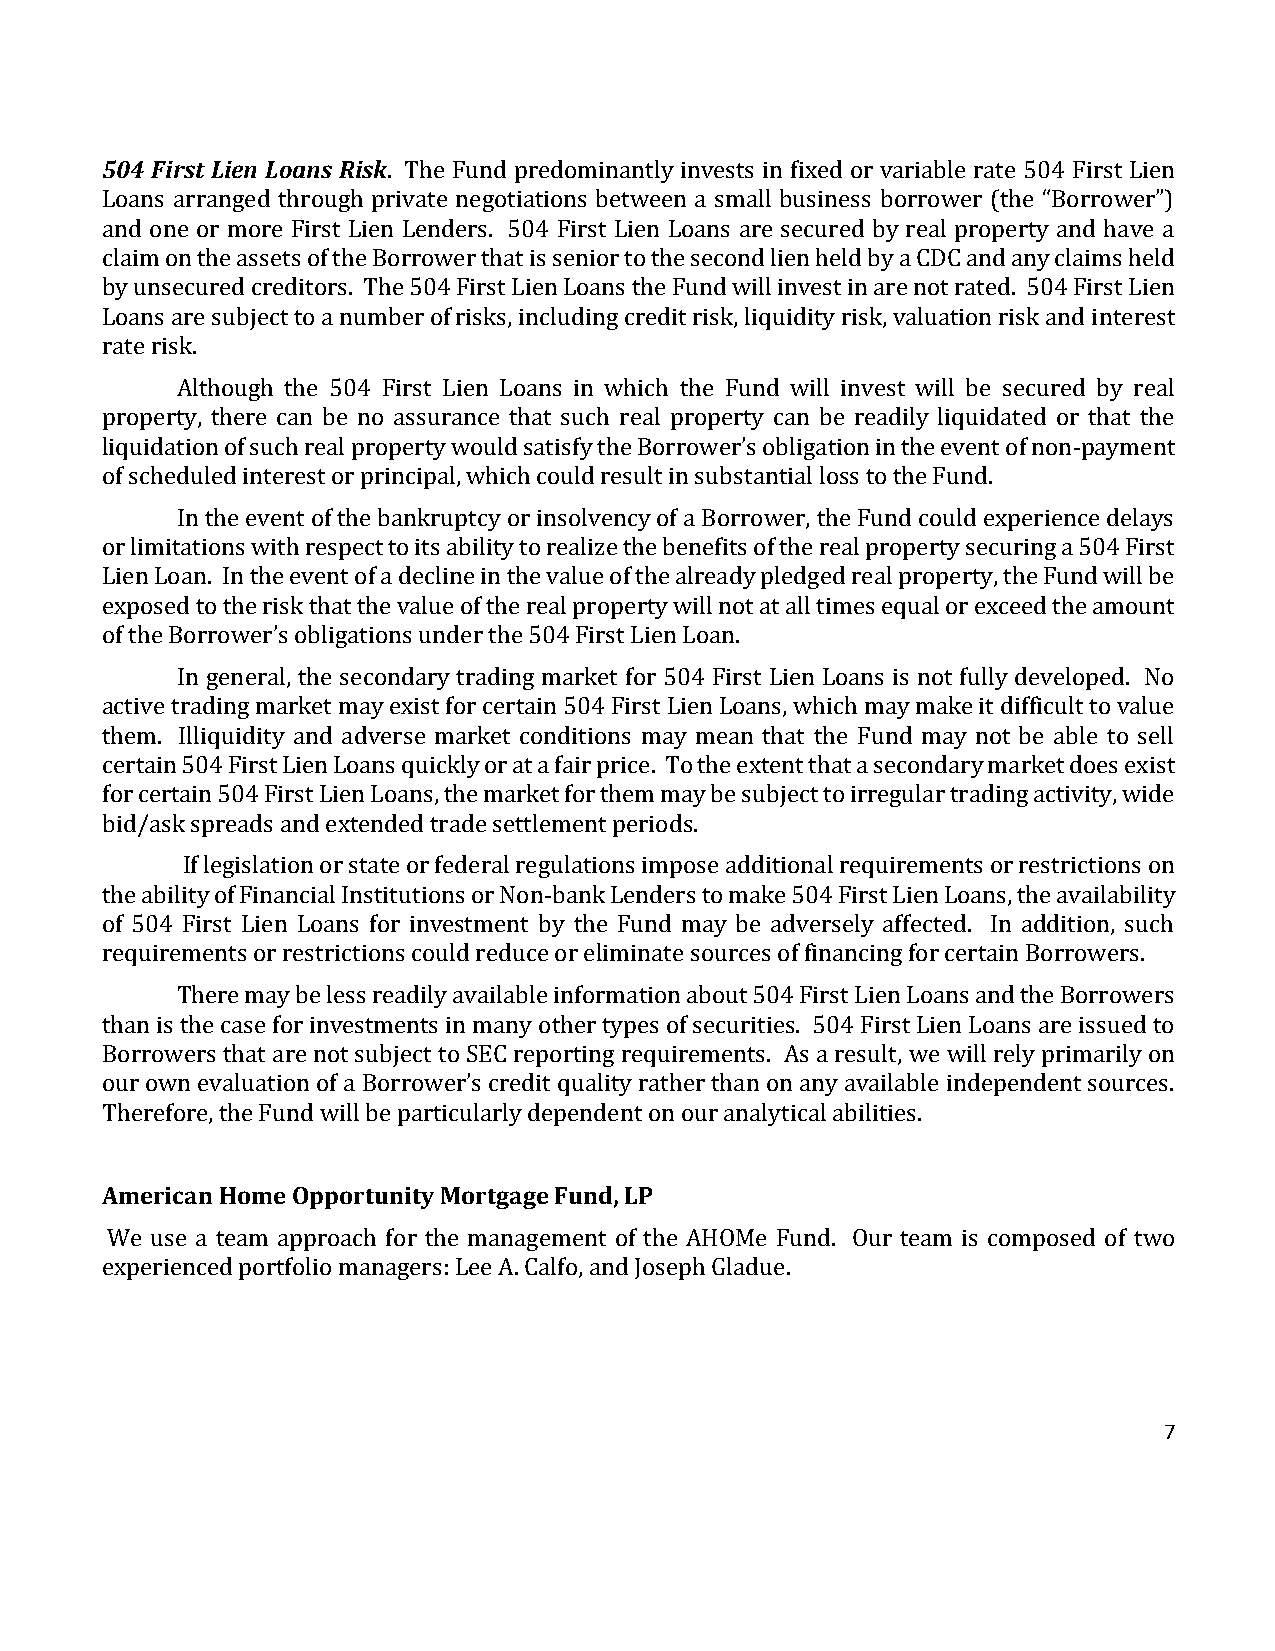
504 First Lien Loans Risk. The Fund predominantly invests in fixed or variable rate 504 First Lien
 Loans arranged through private negotiations between a small business borrower (the “Borrower”)
 and one or more First Lien Lenders. 504 First Lien Loans are secured by real property and have a
 claim on the assets of the Borrower that is senior to the second lien held by a CDC and any claims held
 by unsecured creditors. The 504 First Lien Loans the Fund will invest in are not rated. 504 First Lien
 Loans are subject to a number of risks, including credit risk, liquidity risk, valuation risk and interest
 rate risk.
 Although the 504 First Lien Loans in which the Fund will invest will be secured by real
 property, there can be no assurance that such real property can be readily liquidated or that the
 liquidation of such real property would satisfy the Borrower’s obligation in the event of non-payment
 of scheduled interest or principal, which could result in substantial loss to the Fund.
 In the event of the bankruptcy or insolvency of a Borrower, the Fund could experience delays
 or limitations with respect to its ability to realize the benefits of the real property securing a 504 First
 Lien Loan. In the event of a decline in the value of the already pledged real property, the Fund will be
 exposed to the risk that the value of the real property will not at all times equal or exceed the amount
 of the Borrower’s obligations under the 504 First Lien Loan.
 In general, the secondary trading market for 504 First Lien Loans is not fully developed. No
 active trading market may exist for certain 504 First Lien Loans, which may make it difficult to value
 them. Illiquidity and adverse market conditions may mean that the Fund may not be able to sell
 certain 504 First Lien Loans quickly or at a fair price. To the extent that a secondary market does exist
 for certain 504 First Lien Loans, the market for them may be subject to irregular trading activity, wide
 bid/ask spreads and extended trade settlement periods.
 If legislation or state or federal regulations impose additional requirements or restrictions on
 the ability of Financial Institutions or Non-bank Lenders to make 504 First Lien Loans, the availability
 of 504 First Lien Loans for investment by the Fund may be adversely affected. In addition, such
 requirements or restrictions could reduce or eliminate sources of financing for certain Borrowers.
 There may be less readily available information about 504 First Lien Loans and the Borrowers
 than is the case for investments in many other types of securities. 504 First Lien Loans are issued to
 Borrowers that are not subject to SEC reporting requirements. As a result, we will rely primarily on
 our own evaluation of a Borrower’s credit quality rather than on any available independent sources.
 Therefore, the Fund will be particularly dependent on our analytical abilities.
 American Home Opportunity Mortgage Fund, LP
 We use a team approach for the management of the AHOMe Fund. Our team is composed of two
 experienced portfolio managers: Lee A. Calfo, and Joseph Gladue.
 7